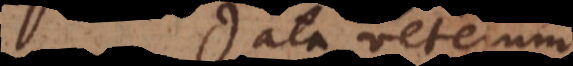
Data veterum